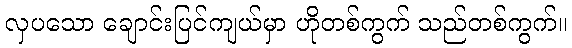
လှပသော ချောင်းပြင်ကျယ်မှာ ဟိုတစ်ကွက် သည်တစ်ကွက်။